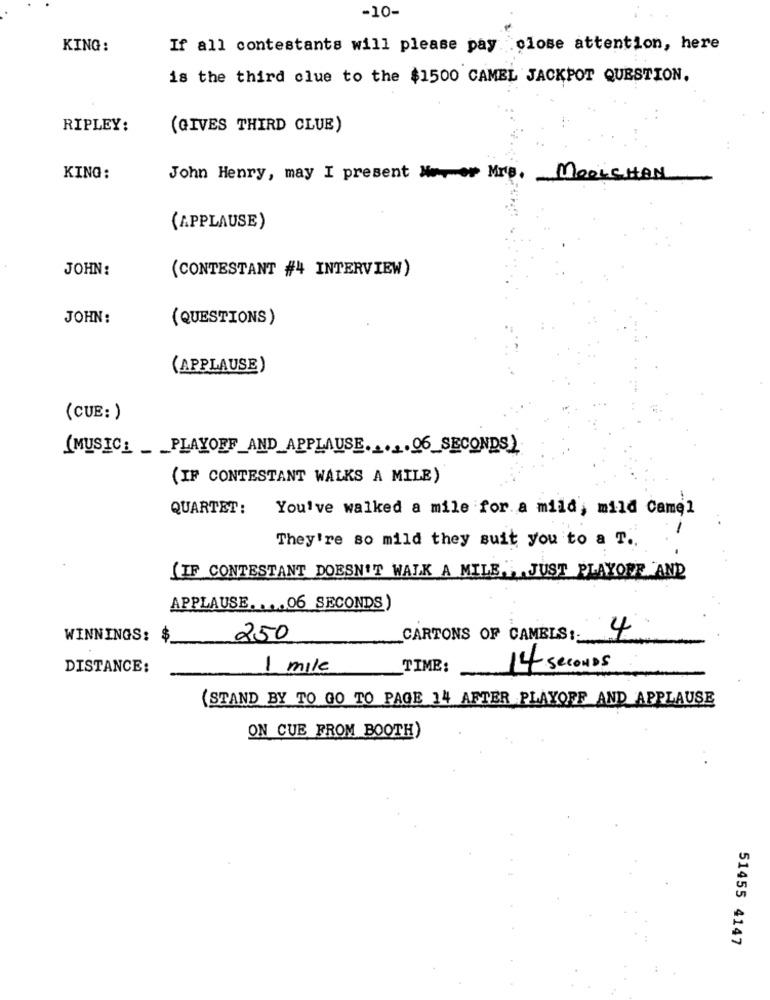
-10-
KING:
If all contestants will please pay close attention, here
is the third clue to the $1500 CAMEL JACKPOT QUESTION.
RIPLEY:
(GIVES THIRD CLUE)
KING:
John Henry, may I present Mer Mrs.
MOOLCHAN
(APPLAUSE)
JOHN:
(CONTESTANT #4 INTERVIEW)
JOHN:
(QUESTIONS)
(APPLAUSE)
(CUE:)
(MUSIC: PLAYOFF AND_APPLAUSE ..... 96_SECONDS)
(IF CONTESTANT WALKS A MILE)
QUARTET:
You've walked a mile for a mild, mild Camel
They're so mild they suit you to a T ..
(IF CONTESTANT DOESN'T WALK A MILE .. JUST PLAYOFF AND
APPLAUSE .... 06 SECONDS)
WINNINGS: $
250
CARTONS OF CAMELS ::
4
DISTANCE:
1 mile
TIME:
14 SECONDS
(STAND BY TO GO TO PAGE 14 AFTER PLAYOFF AND APPLAUSE
ON CUE FROM BOOTH)
51455 4147